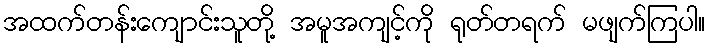
အထက်တန်းကျောင်းသူတို့ အမူအကျင့်ကို ရုတ်တရက် မဖျက်ကြပါ။